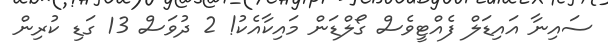
ސައިނާ އައިޑަލް ފެއްޓީވެސް ގޯލްޑަން މައިކާއެކު! 2 ދުވަސް 13 ގަޑި ކުރިން